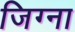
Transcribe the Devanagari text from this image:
जिग्ना